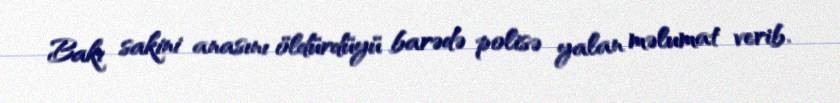
Bakı sakini anasını öldürdüyü barədə polisə yalan məlumat verib.